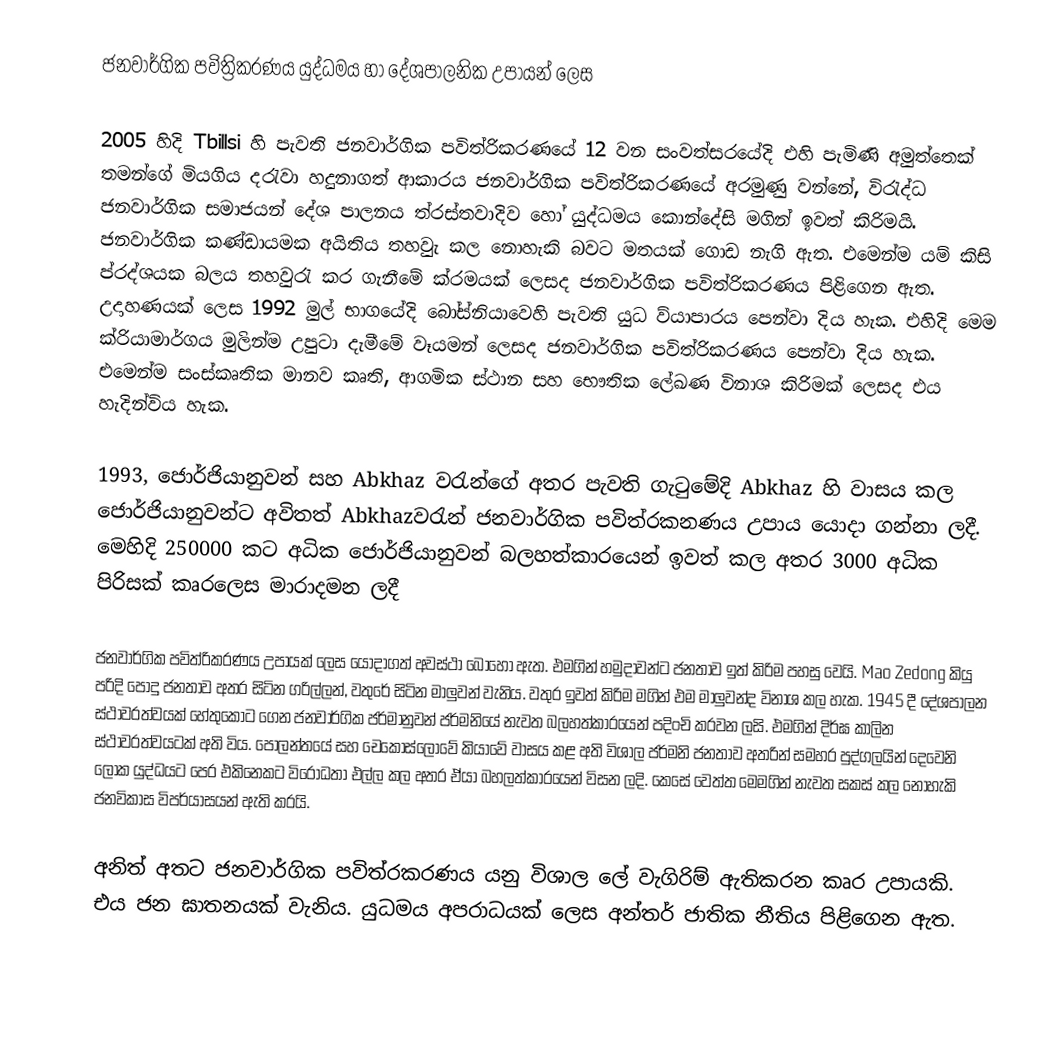
ජනවාර්ගික පවිත්‍රිකරණය යුද්ධමය හා දේශපාලනික උපායන් ලෙස

2005 හිදි Tbillsi  හි පැවති ජනවාර්ගික පවිත්රිකරණයේ 12 වන සංවත්සරයේදි එහි පැමිණි අමුත්තෙක් තමන්ගේ මියගිය දරැවා හදුනාගත් ආකාරය ජනවාර්ගික පවිත්රිකරණයේ අරමුණු වන්නේ, විරැද්ධ ජනවාර්ගික සමාජයන් දේශ පාලනය ත්රස්තවාදිව හෝ යුද්ධමය කොන්දේසි මගින් ඉවත් කිරිමයි. ජනවාර්ගික කණ්ඩායමක අයිතිය තහවුැ කල නොහැකි බවට මතයක් ගොඩ නැගි ඇත. එමෙන්ම යම් කිසි ප්රද්ශයක බලය තහවුරැ කර ගැනීමේ ක්රමයක් ලෙසද ජනවාර්ගික පවිත්රිකරණය පිළිගෙන ඇත. උදාහණයක් ලෙස 1992 මුල් භාගයේදි බෝස්නියාවෙහි පැවති යුධ ව්යාපාරය පෙන්වා දිය හැක. එහිදි මෙම ක්රියාමාර්ගය මුලින්ම උපුටා දැමීමේ වෑයමන් ලෙසද ජනවාර්ගික පවිත්රිකරණය පෙන්වා දිය හැක. එමෙන්ම සංස්කෘතික මානව කෘති, ආගමික ස්ථාන සහ භෞතික ලේඛණ විනාශ කිරිමක් ලෙසද එය හැදින්විය හැක.

1993, ජොර්ජියානුවන් සහ Abkhaz වරැන්ගේ අතර පැවති ගැටුමේදි Abkhaz හි වාසය කල ජොර්ජියානුවන්ට අවිතත් Abkhazවරැන් ජනවාර්ගික පවිත්රකනණය උපාය යොදා ගන්නා ලදී. මෙහිදි 250000 කට අධික ජොර්ජියානුවන් බලහත්කාරයෙන් ඉවත් කල අතර 3000 අධික පිරිසක් කෘරලෙස මාරාදමන ලදී

ජනවාර්ගික පවිත්රිකරණය උපායක් ලෙස යොදාගත් අවස්ථා බොහෝ ඇත. එමගින් හමුදාවන්ට ජනතාව ඉත් කිරිම පහසු වෙයි. Mao Zedong කියු පරිදි පොදු ජනතාව අතර සිටින ගරිල්ලන්, වතුරේ සිටින මාලුවන් වැනිය. වතුර ඉවත් කිරිම මගින් එම මාලුවන්ද විනාශ කල හැක. 1945 දී දේශපාලන ස්ථාවරත්වයක් හේතුකොට ගෙන ජනවාර්ගික ජර්මානුවන් ජර්මනියේ නැවත බලහත්කාරයෙන් පදිංචි කරවන ලසි. එමගින් දිර්ඝ කාලින ස්ථාවරත්වයටක් අති විය. පෝලන්තයේ සහ චෙකොස්ලෝවේ කියාවේ වාසය කළ අති විශාල ජර්මනි ජනතාව අතරින් සමහර පුද්ගලයින් දෙවෙනි ලෝක යුද්ධයට පෙර එකිනෙකට විරෝධතා එල්ල කල අතර ඒයා බහලත්කාරයෙන් විසන ලදි. කෙසේ වෙත්ත මෙමගින් නැවත සකස් කල නොහැකි ජනවිකාස විපර්යාසයන් ඇති කරයි.

අනිත් අතට ජනවාර්ගික පවිත්රකරණය යනු විශාල ලේ වැගිරිම් ඇතිකරන කෘර උපායකි. එය ජන ඝාතනයක් වැනිය. යුධමය අපරාධයක් ලෙස අන්තර් ජාතික නීතිය පිළිගෙන ඇත.